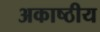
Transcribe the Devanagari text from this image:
अकाष्ठीय